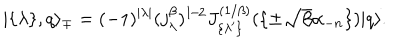
| \{ \lambda \} , q \rangle _ { \mp } = ( - 1 ) ^ { | \lambda | } ( j _ { \lambda } ^ { \beta } ) ^ { 1 / 2 } J _ { \{ \lambda ^ { \prime } \} } ^ { ( 1 / \beta ) } ( \{ \pm \sqrt { \beta } \alpha _ { - n } \} ) | q \rangle .